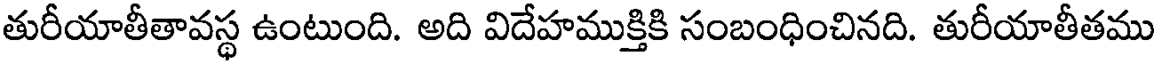
తురీయాతీతావస్థ ఉంటుంది. అది విదేహముక్తికి సంబంధించినది. తురీయాతీతము